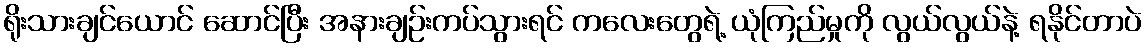
ရိုးသားချင်ယောင် ဆောင်ပြီး အနားချဉ်းကပ်သွားရင် ကလေးတွေရဲ့ ယုံကြည်မှုကို လွယ်လွယ်နဲ့ ရနိုင်တာပဲ